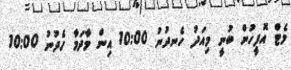
މެޓް އޮފީހުން ބުނީ މިއަދު ހެނދުނު 10:00 އިން މާދަމާ ހެދުނު 10:00